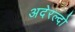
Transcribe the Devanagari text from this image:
अदेरल्दो